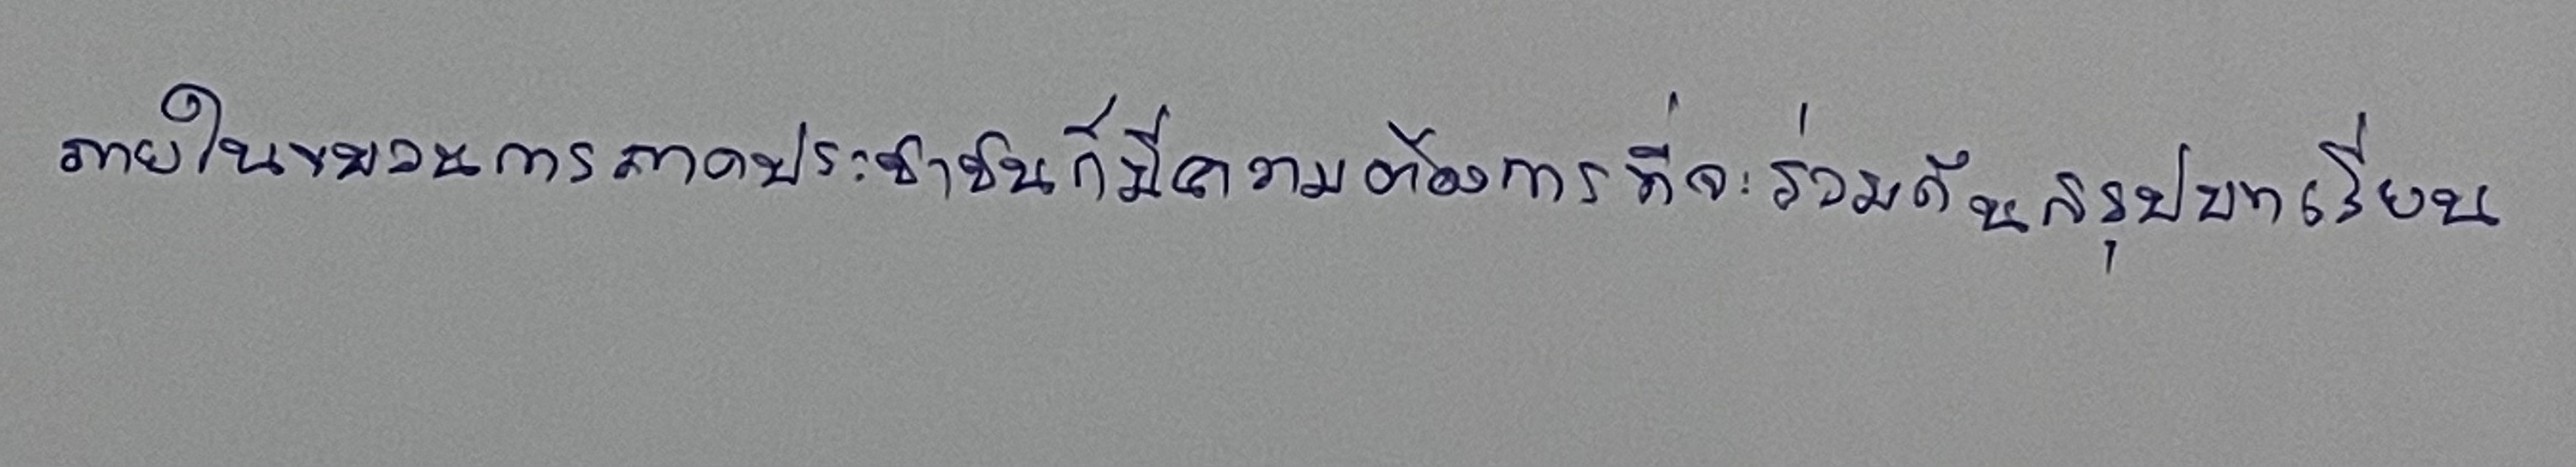
ภายในขบวนการภาคประชาชนก็มีความต้องการที่จะร่วมกันสรุปบทเรียน